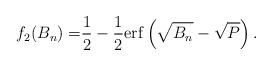
LaTeX: \begin{align*}f_2(B_n) = &\frac{1}{2} - \frac{1}{2}\mathrm{erf}\left(\sqrt{B_n}-\sqrt{P}\right).\end{align*}